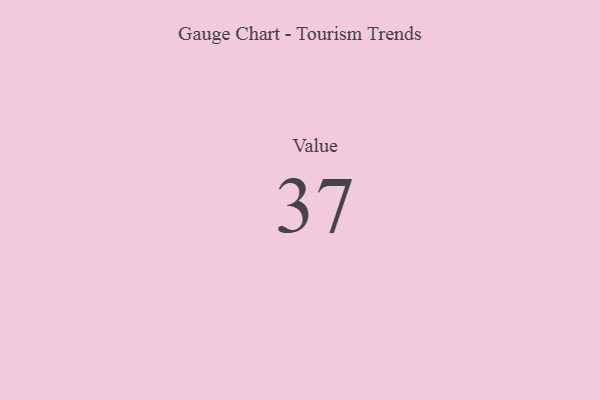
{"axis": {"x": "Metric", "y": "Value"}, "legend": [""], "data": [{"x": "Value", "y": 37, "type": ""}]}